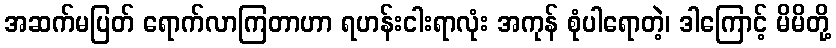
အဆက်မပြတ် ရောက်လာကြတာဟာ ရဟန်းငါးရာလုံး အကုန် စုံပါရောတဲ့၊ ဒါကြောင့် မိမိတို့